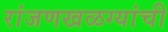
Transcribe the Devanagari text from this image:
रांजणखळग्यांची